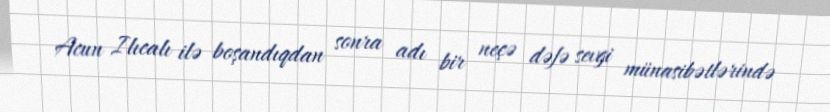
Acun Ilıcalı ilə boşandıqdan sonra adı bir neçə dəfə sevgi münasibətlərində